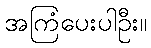
အကြံပေးပါဦး။